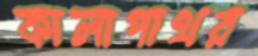
কালাপাথর